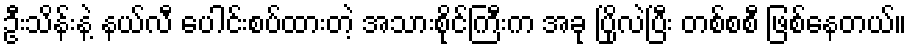
ဦးသိန်းနဲ့ နယ်လီ ပေါင်းစပ်ထားတဲ့ အသားစိုင်ကြီးက အခု ပြိုလဲပြီး တစ်စစီ ဖြစ်နေတယ်။